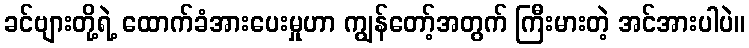
ခင်ဗျားတို့ရဲ့ ထောက်ခံအားပေးမှုဟာ ကျွန်တော့်အတွက် ကြီးမားတဲ့ အင်အားပါပဲ။